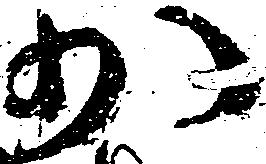
少